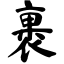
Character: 裹